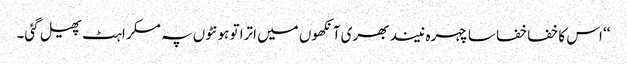
‘‘ اس کا خفا خفا سا چہرہ نیند بھری آنکھوں میں اترا تو ہونٹوں پہ مسکراہٹ پھیل گئی۔